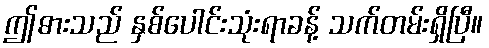
ဤဓားသည် နှစ်ပေါင်းသုံးရာခန့် သက်တမ်းရှိပြီ။